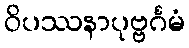
ဝိပဿနာပုဗ္ဗင်္ဂမံ